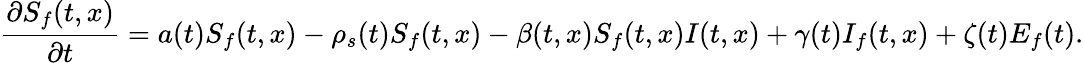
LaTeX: \frac{\partial S_{f}(t,x)}{\partial t}=a(t)S_{f}(t,x)-\rho_{s}(t)S_{f}(t,x)-\beta(t,x)S_{f}(t,x)I(t,x)+\gamma(t)I_{f}(t,x)+\zeta(t)E_{f}(t).